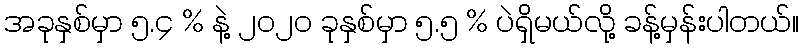
အခုနှစ်မှာ ၅.၄ % နဲ့ ၂၀၂၀ ခုနှစ်မှာ ၅.၅ % ပဲရှိမယ်လို့ ခန့်မှန်းပါတယ်။